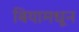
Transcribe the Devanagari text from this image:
बियामधून